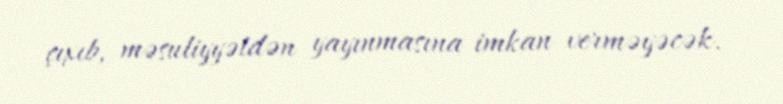
çıxıb, məsuliyyətdən yayınmasına imkan verməyəcək.